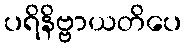
ပရိနိဗ္ဗာယတိပေ